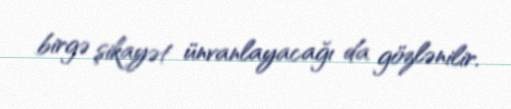
birgə şikayət ünvanlayacağı da gözlənilir.